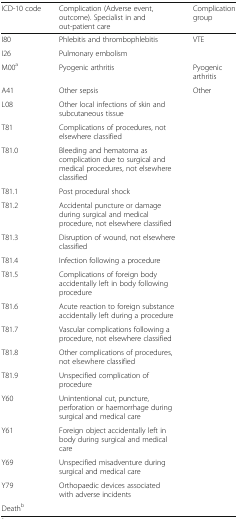
| ICD-10 code | Complication (Adverse event, outcome). Specialist in and out-patient care | Complication group |
 | --- | --- | --- |
 | I80 | Phlebitis and thrombophlebitis | VTE |
 | I26 | Pulmonary embolism |  |
 | M00a | Pyogenic arthritis | Pyogenic arthritis |
 | A41 | Other sepsis | Other |
 | L08 | Other local infections of skin and subcutaneous tissue |  |
 | T81 | Complications of procedures, not elsewhere classified |  |
 | T81.0 | Bleeding and hematoma as complication due to surgical and medical procedures, not elsewhere classified |  |
 | T81.1 | Post procedural shock |  |
 | T81.2 | Accidental puncture or damage during surgical and medical procedure, not elsewhere classified |  |
 | T81.3 | Disruption of wound, not elsewhere classified |  |
 | T81.4 | Infection following a procedure |  |
 | T81.5 | Complications of foreign body accidentally left in body following procedure |  |
 | T81.6 | Acute reaction to foreign substance accidentally left during a procedure |  |
 | T81.7 | Vascular complications following a procedure, not elsewhere classified |  |
 | T81.8 | Other complications of procedures, not elsewhere classified |  |
 | T81.9 | Unspecified complication of procedure |  |
 | Y60 | Unintentional cut, puncture, perforation or haemorrhage during surgical and medical care |  |
 | Y61 | Foreign object accidentally left in body during surgical and medical care |  |
 | Y69 | Unspecified misadventure during surgical and medical care |  |
 | Y79 | Orthopaedic devices associated with adverse incidents |  |
 | Deathb |  |  |